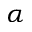
\boldsymbol { \alpha }